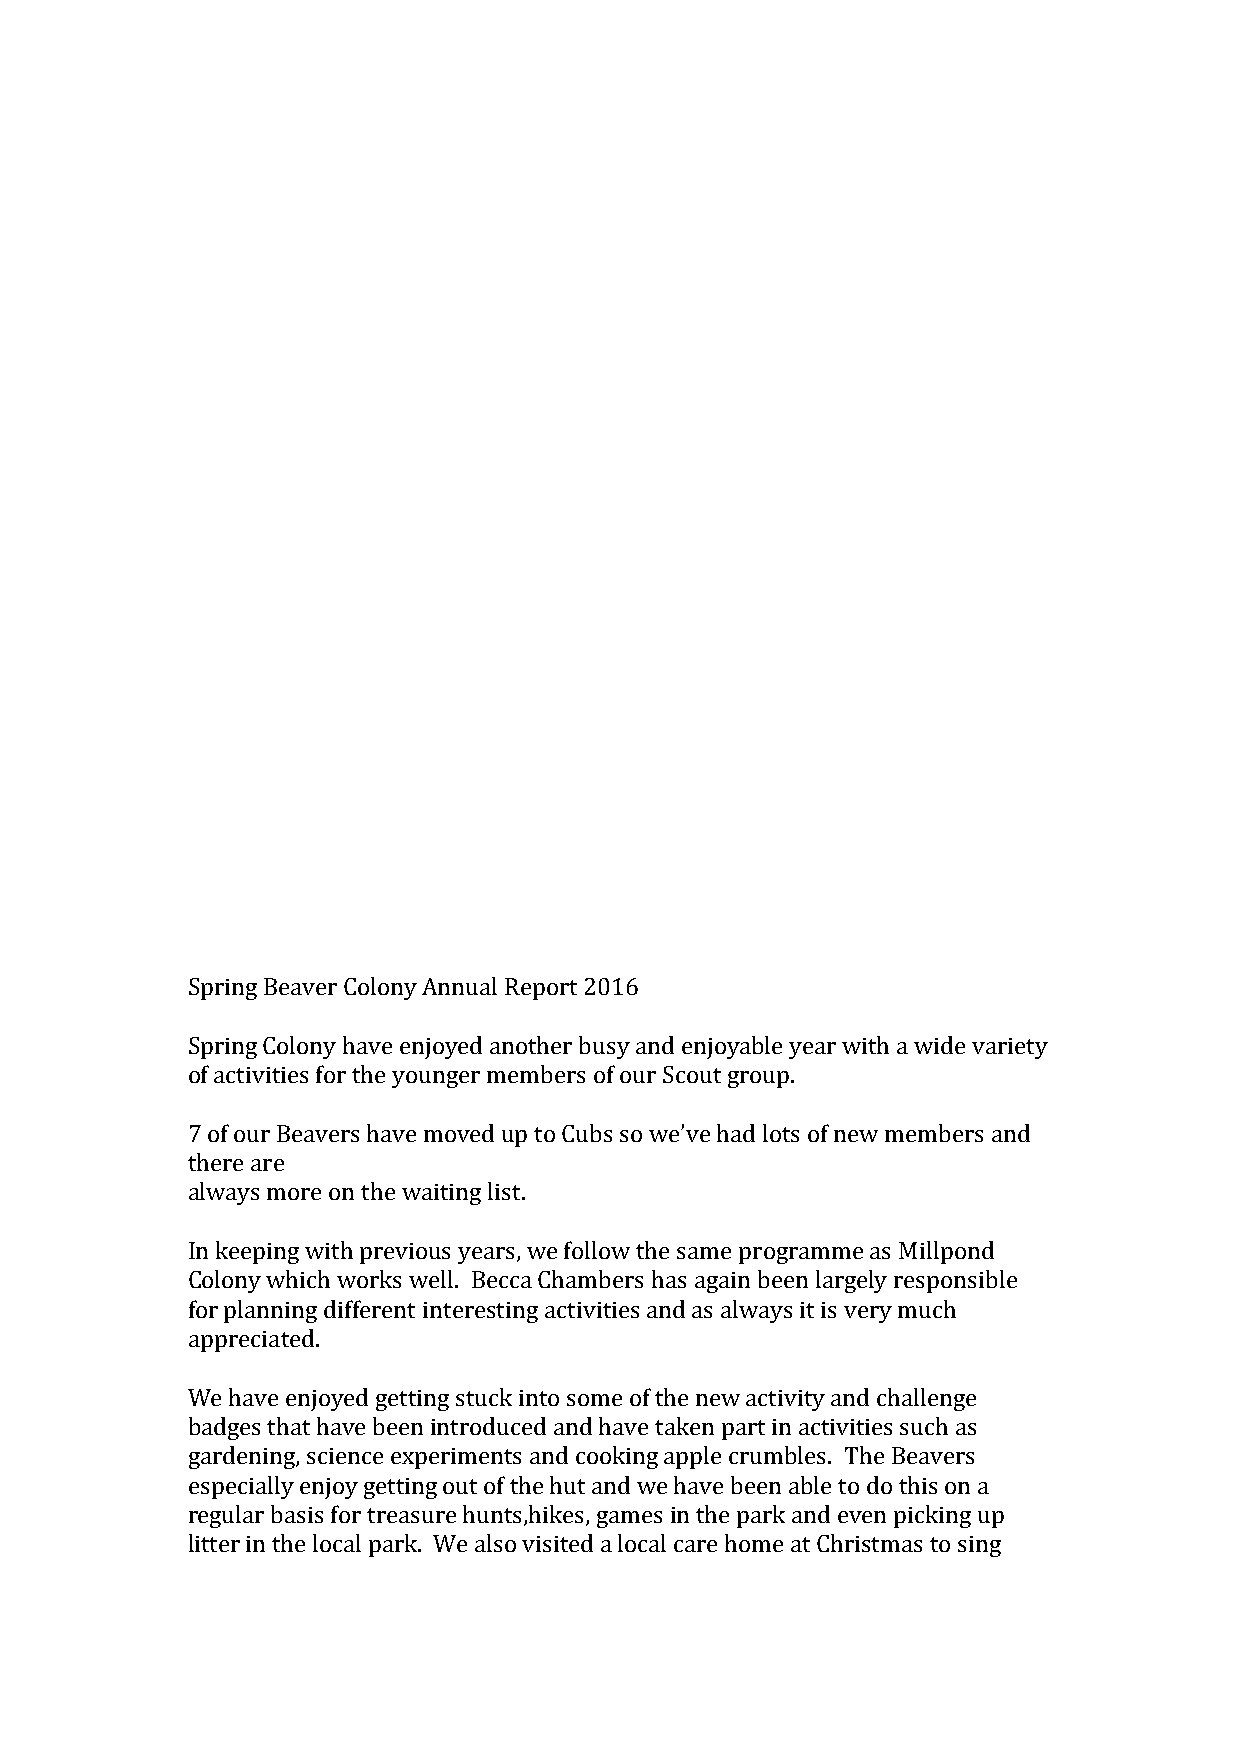
Spring Beaver Colony Annual Report 2016
 Spring Colony have enjoyed another busy and enjoyable year with a wide variety
 of activities for the younger members of our Scout group.
 7 of our Beavers have moved up to Cubs so we’ve had lots of new members and
 there are
 always more on the waiting list.
 In keeping with previous years, we follow the same programme as Millpond
 Colony which works well. Becca Chambers has again been largely responsible
 for planning different interesting activities and as always it is very much
 appreciated.
 We have enjoyed getting stuck into some of the new activity and challenge
 badges that have been introduced and have taken part in activities such as
 gardening, science experiments and cooking apple crumbles. The Beavers
 especially enjoy getting out of the hut and we have been able to do this on a
 regular basis for treasure hunts,hikes, games in the park and even picking up
 litter in the local park. We also visited a local care home at Christmas to sing